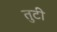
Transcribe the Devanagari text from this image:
तुटी